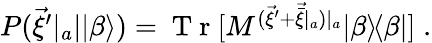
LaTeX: \begin{array}{r}{P(\vec{\xi}^{\prime}|_{a}||\beta\rangle)=\mathrm{~T~r~}[M^{(\vec{\xi}^{\prime}+\vec{\bar{\xi}}|_{a})|_{a}}|\beta\rangle\! \langle\beta|]\; .}\end{array}